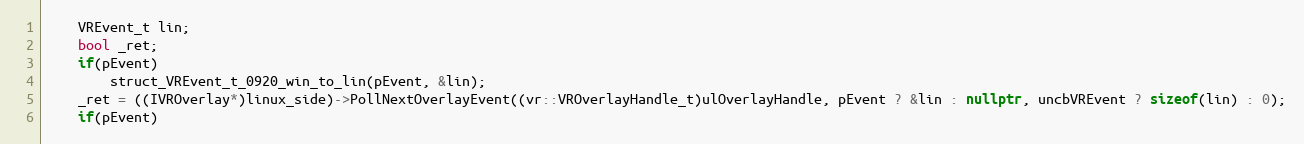
Language: C++
    VREvent_t lin;
    bool _ret;
    if(pEvent)
        struct_VREvent_t_0920_win_to_lin(pEvent, &lin);
    _ret = ((IVROverlay*)linux_side)->PollNextOverlayEvent((vr::VROverlayHandle_t)ulOverlayHandle, pEvent ? &lin : nullptr, uncbVREvent ? sizeof(lin) : 0);
    if(pEvent)